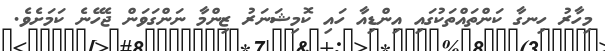
މިހާރު ހިނގާ ކަންތައްތަކުގައި އިންޑިއާ ހައި ކޮމިޝަނަރު ޒިންމާ ނަންގަވަން ޖެހޭނެ ކަމަށެވެ.